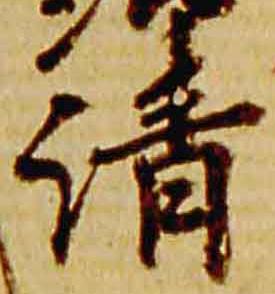
清